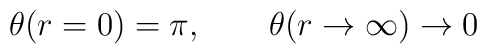
\theta (r = 0) = \pi, \qquad \theta (r \rightarrow \infty) \rightarrow 0